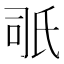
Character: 𣱇